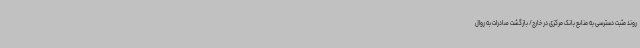
روند مثبت دسترسی به منابع بانک مرکزی در خارج/ بازگشت صادرات به روال